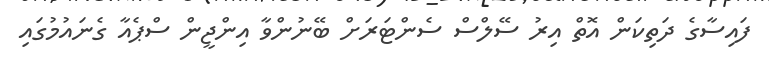
ފައިސާގެ ދަތިކަން އޮތް އިރު ސޭލްސް ސެންޓަރަށް ބޭނުންވާ އިންޖީން ސްޕެއާ ގެނައުމުގައި